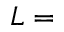
L =